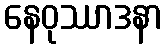
နေဝုဿာဒနာ